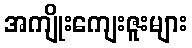
အကျိုးကျေးဇူးများ